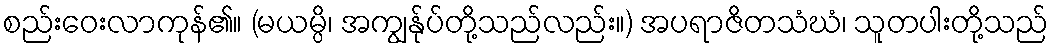
စည်းဝေးလာကုန်၏။ (မယမ္ပိ၊ အကျွန်ုပ်တို့သည်လည်း။) အပရာဇိတသံဃံ၊ သူတပါးတို့သည်